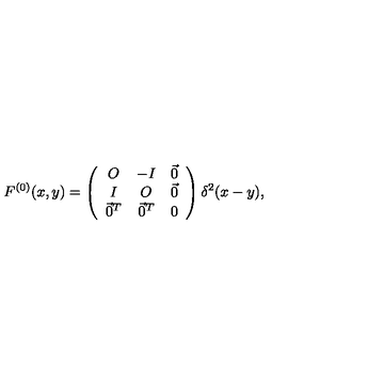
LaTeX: F ^ { ( 0 ) } ( x , y ) = \left( \begin{array} { c c c } { O } & { - I } & { \vec { 0 } } \\ { I } & { O } & { \vec { 0 } } \\ { \vec { 0 } ^ { T } } & { \vec { 0 } ^ { T } } & { 0 } \\ \end{array} \right) \delta ^ { 2 } ( x - y ) ,